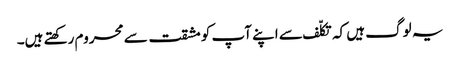
یہ لوگ ہیں کہ تکلّف سے اپنے آپ کو مشقت سے محروم رکھتے ہیں۔